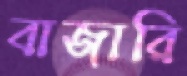
বাজারি